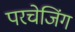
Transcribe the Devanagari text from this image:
परचेजिंग